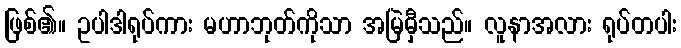
ဖြစ်၏။ ဥပါဒါရုပ်ကား မဟာဘုတ်ကိုသာ အမြဲမှီသည်။ လူနာအလား ရုပ်တပါး